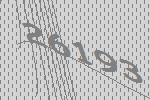
26193